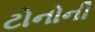
ટોનોની